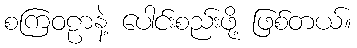
စကြဝဠာနဲ့ ပေါင်းစည်းဖို့ ဖြစ်တယ်။